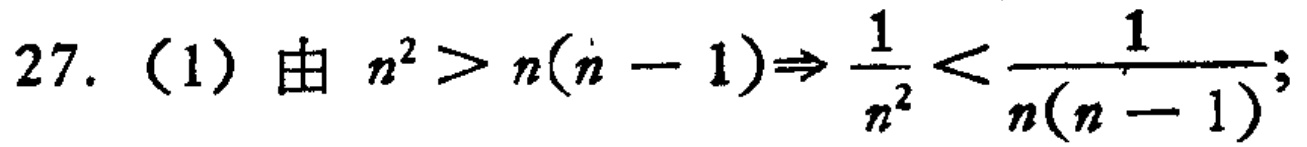
27. (1) 由 \(n^{2}>n(n - 1)\Rightarrow\frac{1}{n^{2}}<\frac{1}{n(n - 1)}\);